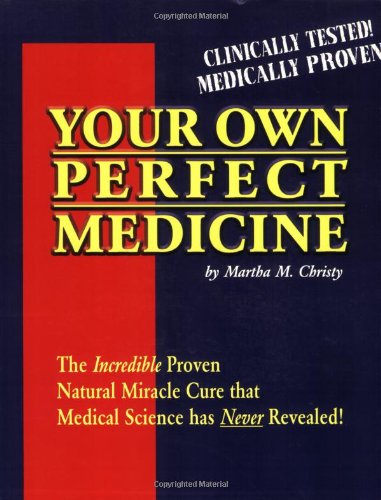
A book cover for Your Own Perfect Medicine: The Incredible Proven Natural Miracle Cure that Medical Science Has Never Revealed!; Martha M. Christy; Medical Books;